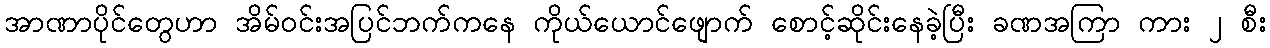
အာဏာပိုင်တွေဟာ အိမ်ဝင်းအပြင်ဘက်ကနေ ကိုယ်ယောင်ဖျောက် စောင့်ဆိုင်းနေခဲ့ပြီး ခဏအကြာ ကား ၂ စီး